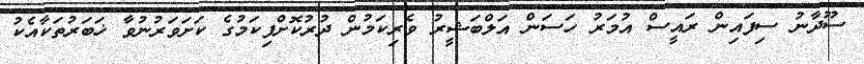
ސޫދާނު ސިފައިން ރައީސް އުމަރު ހަސަން އަލްބަޝީރު ވެރިކަމުން ދުރުކޮށްފިކަމުގެ ކަށަވަރުނުވާ ޚަބަރުތަކާއެކު